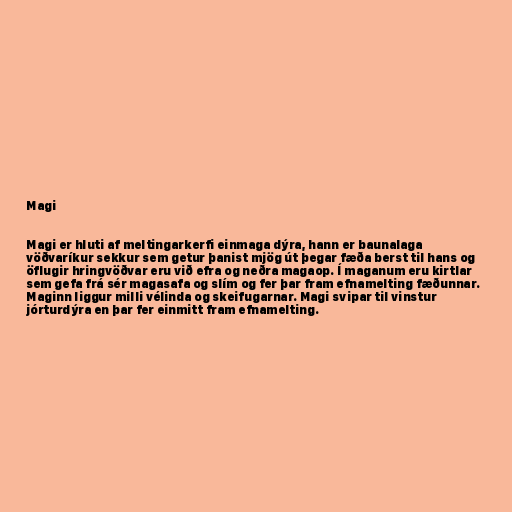
Magi

Magi er hluti af meltingarkerfi einmaga dýra, hann er baunalaga
vöðvaríkur sekkur sem getur þanist mjög út þegar fæða berst til hans og
öflugir hringvöðvar eru við efra og neðra magaop. Í maganum eru kirtlar
sem gefa frá sér magasafa og slím og fer þar fram efnamelting fæðunnar.
Maginn liggur milli vélinda og skeifugarnar. Magi svipar til vinstur
jórturdýra en þar fer einmitt fram efnamelting.